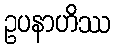
ဥပနာဟိဿ